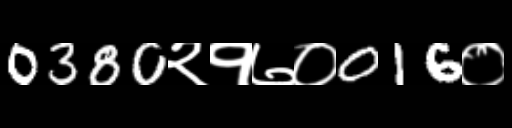
Text: 0380२१७०016०